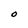
Character: O